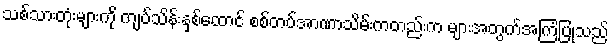
သစ်သားတုံးများကို ကျပ်သိန်းနှစ်ထောင် စစ်တပ်အာဏာသိမ်းကတည်းက များအတွက်အကြံပြုသည်